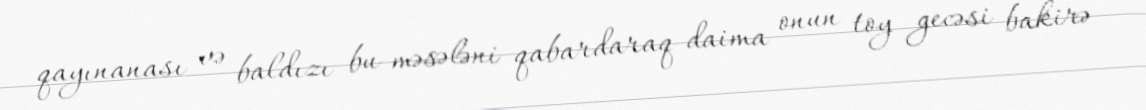
qayınanası və baldızı bu məsələni qabardaraq daima onun toy gecəsi bakirə